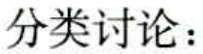
分类讨论：